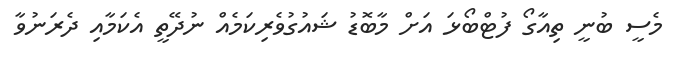
މެސީ ބުނީ ތިއާގޯ ފުޓްބޯޅަ އަށް މާބޮޑު ޝައުގުވެރިކަމެއް ނުދޭތީ އެކަމާއި ދެރަނުވާ